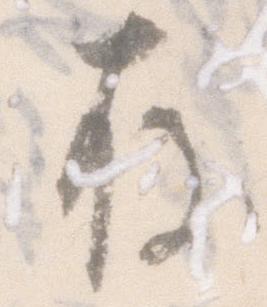
存